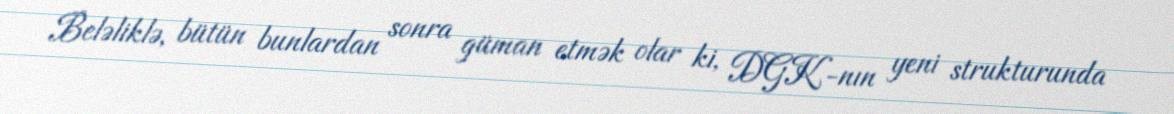
Beləliklə, bütün bunlardan sonra güman etmək olar ki, DGK-nın yeni strukturunda